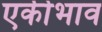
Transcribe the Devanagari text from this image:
एकीभाव